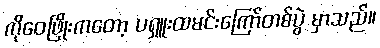
ကိုဝေဖြိုးကတော့ ပရှူးထမင်းကြော်တစ်ပွဲ မှာသည်။